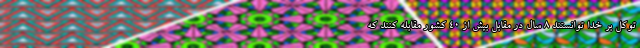
توکل بر خدا توانستند ۸ سال در مقابل بیش از ۴۰ کشور مقابله کنند که